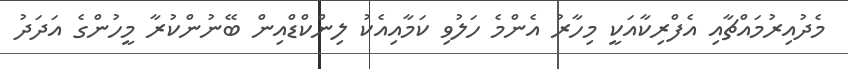
މެދުއިރުމައްޗާއި އެފްރިކާއަކީ މިހާރު އެންމެ ހަލުވި ކަމާއިއެކު ލިންކްޑްއިން ބޭނުންކުރާ މީހުންގެ އަދަދު